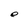
Character: e